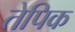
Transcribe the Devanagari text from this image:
तेपिक